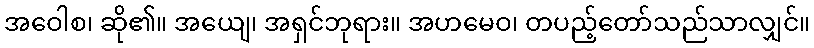
အဝေါစ၊ ဆို၏။ အယျေ၊ အရှင်ဘုရား။ အဟမေဝ၊ တပည့်တော်သည်သာလျှင်။